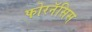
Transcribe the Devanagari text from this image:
फोरनॅसिस